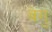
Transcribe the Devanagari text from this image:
वेगु